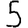
Digit: 5